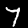
Digit: 7